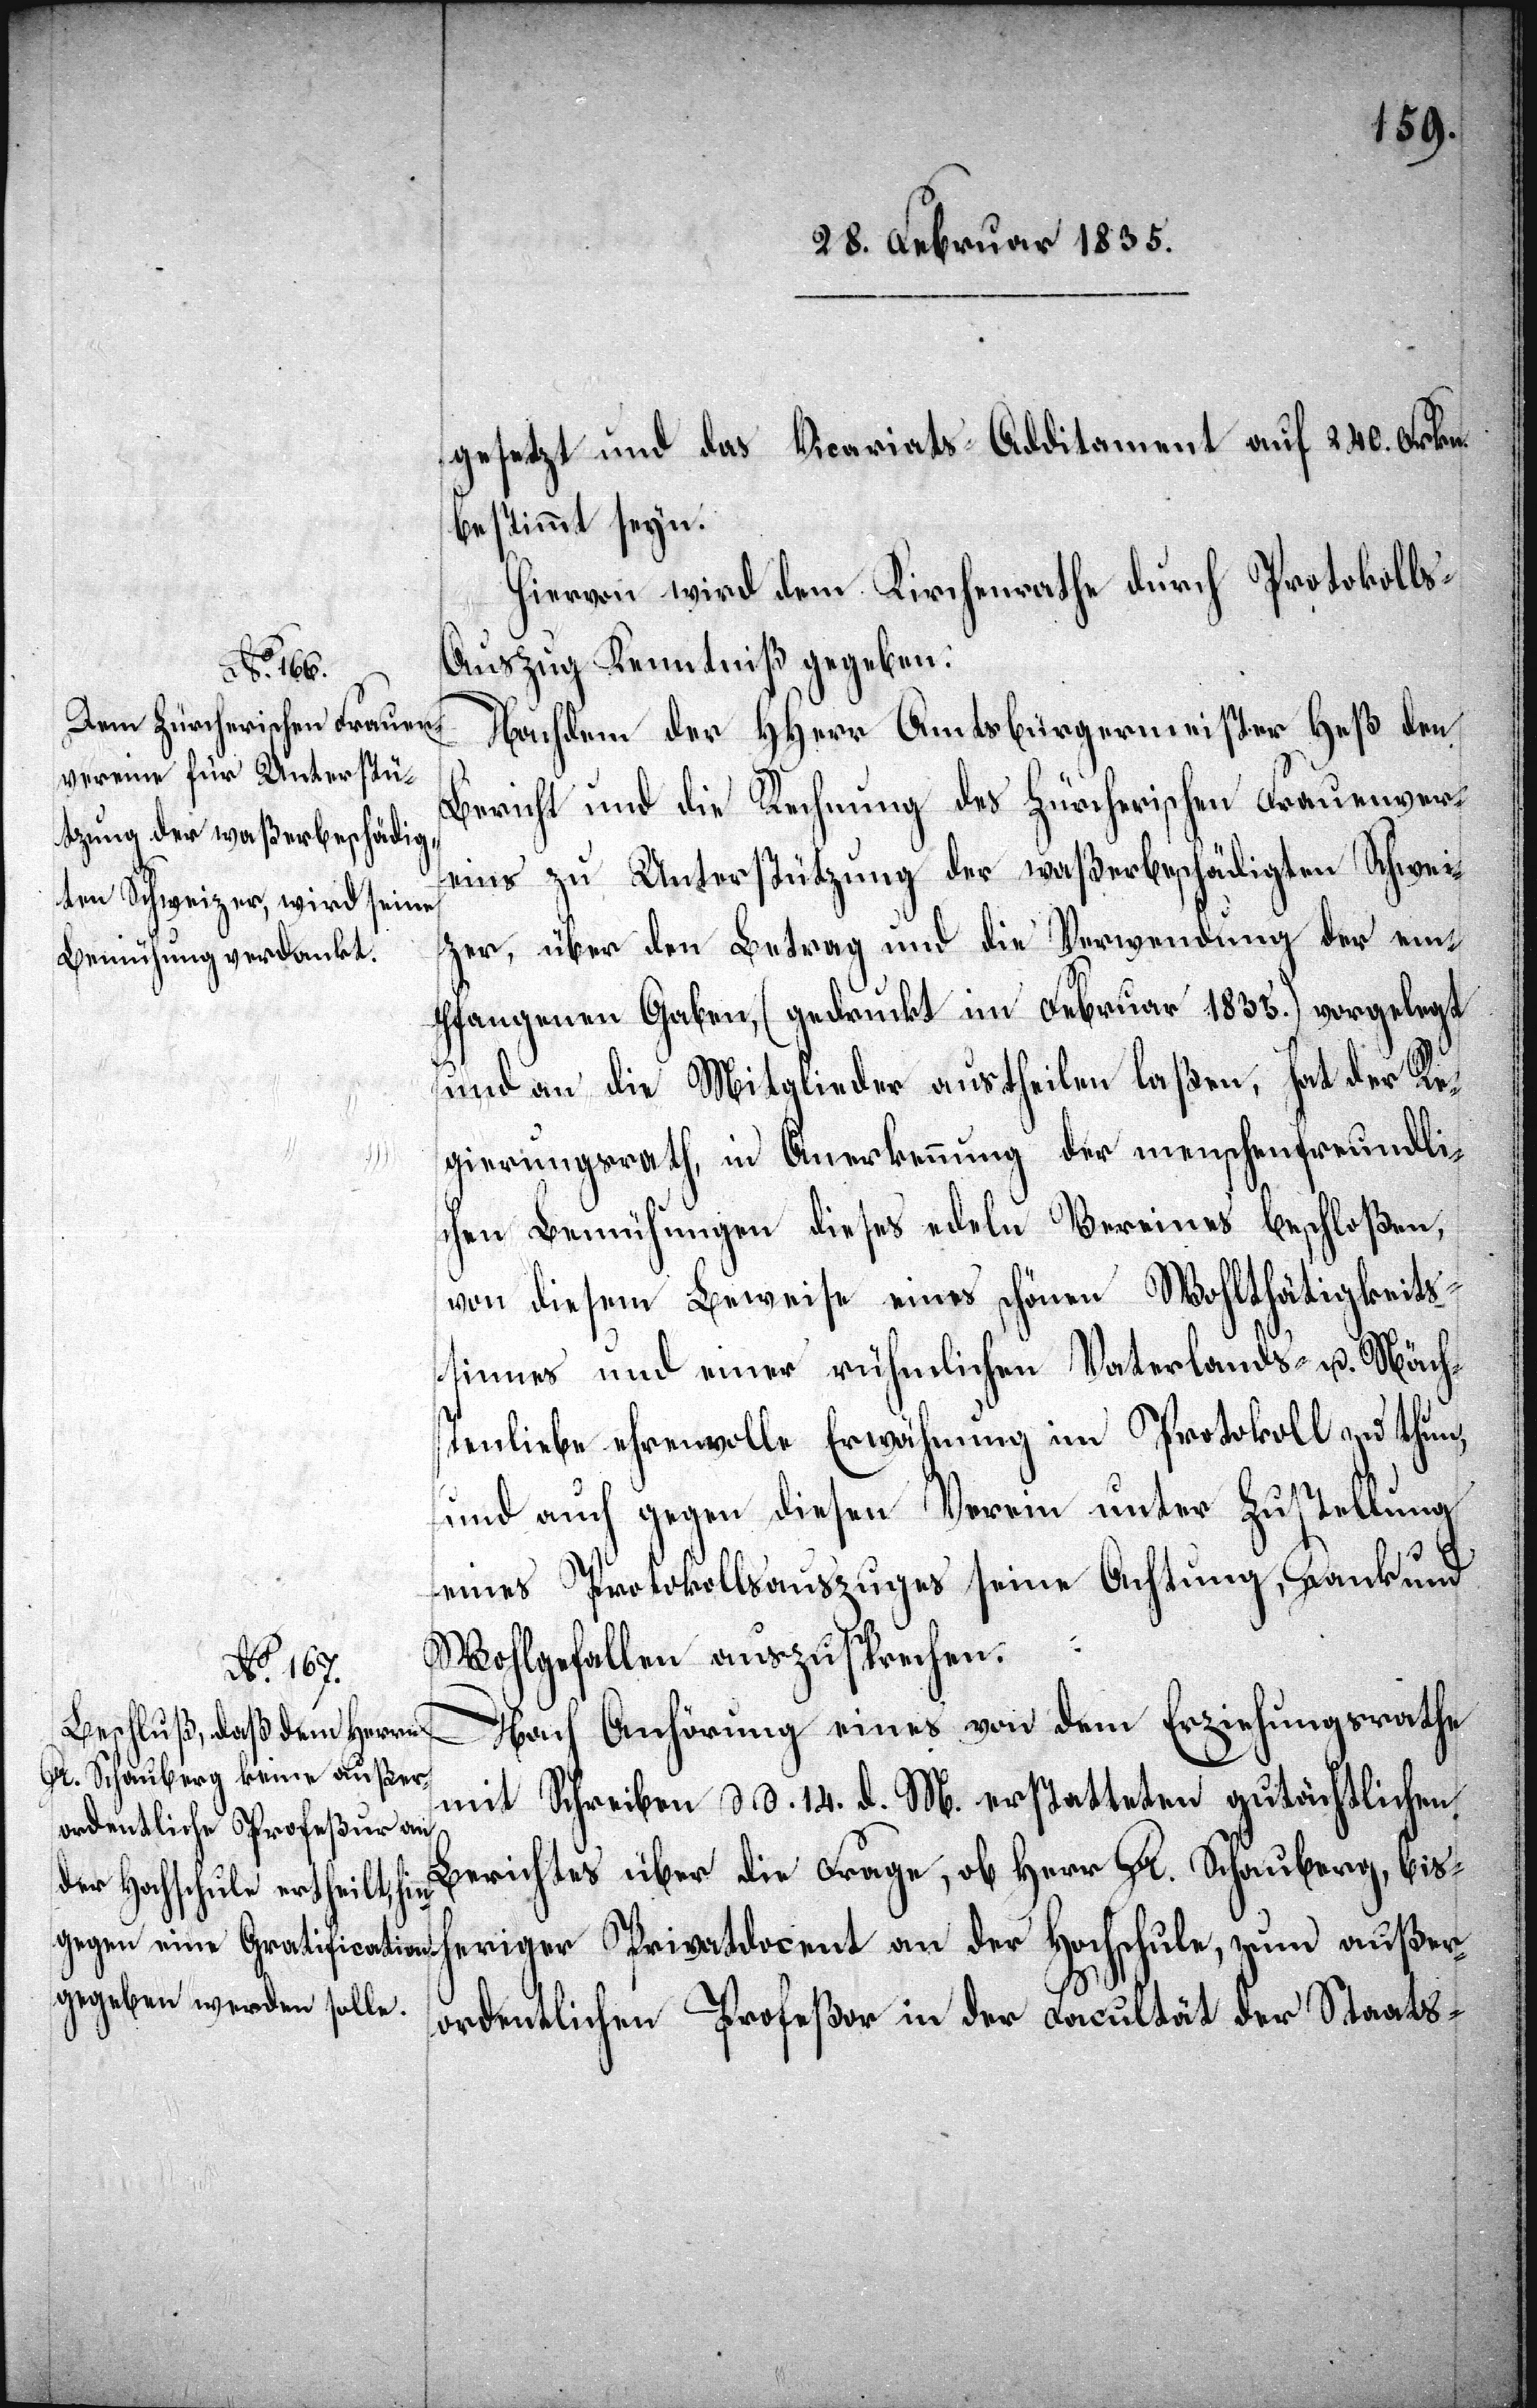
gesetzt und das Vicariats-Additament auf 240. Frkn.
bestimmt seyn.
Hiervon wird dem Kirchenrathe durch Protokoll¬
s-Auszug Kenntniß gegeben.
Nachdem der HHerr Amtsbürgermeister Heß den
Bericht und die Rechnung des Zürcherischen Frauenver¬
eins zu Unterstützung der waßerbeschädigten Schwei¬
zer, über den Betrag und die Verwendung der em¬
pfangenen Gaben, (gedruckt im Februar 1835.) vorgelegt
und an die Mitglieder austheilen laßen, hat der Re¬
gierungsrath, in Anerkennung der menschenfreundli¬
chen Bemühungen dieses edeln Vereines beschloßen,
von diesem Beweise eines schönen Wohlthätigkeits¬
sinnes und einer rühmlichen Vaterlands- u. Näch¬
stenliebe ehrenvolle Erwähnung im Protokoll zu thun,
und auch gegen diesen Verein unter Zustellung
eines Protokollsauszuges seine Achtung, Dank und
Wohlgefallen auszusprechen.
Nach Anhörung eines von dem Erziehungsrathe
mit Schreiben d. d. 14. d. M. erstatteten gutächtlichen
Berichtes über die Frage, ob Herr Dr. Schauberg, bish¬
eriger Privatdocent an der Hochschule, zum außer¬
ordentlichen Profeßor in der Facultät der Staats-